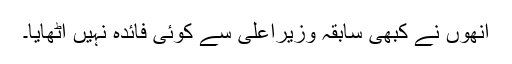
انھوں نے کبھی سابقہ وزیراعلیٰ سے کوئی فائدہ نہیں اُٹھایا۔